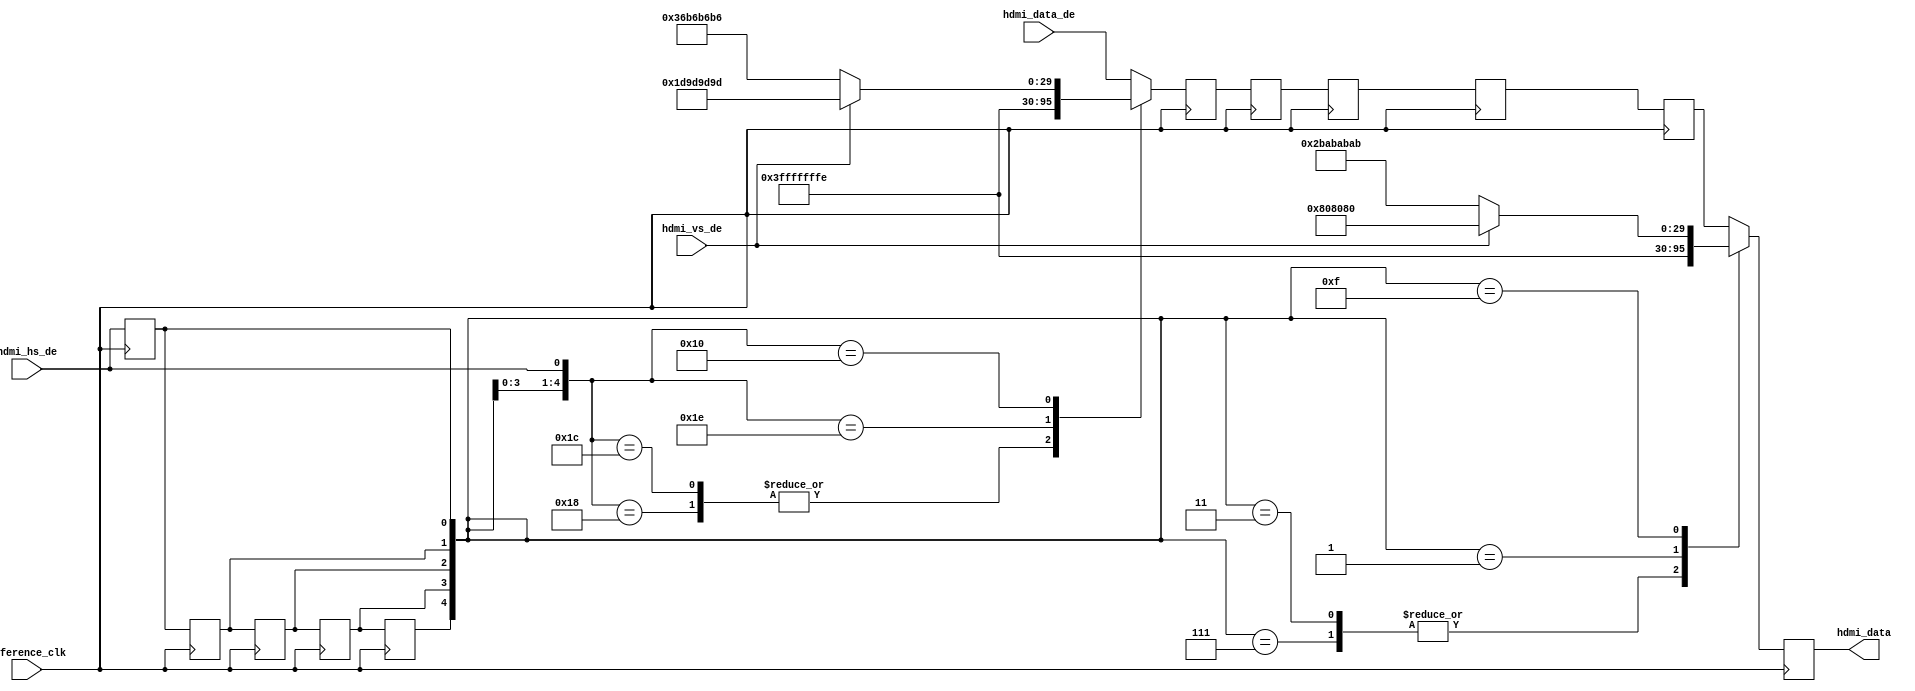
// ***************************************************************************
// ***************************************************************************
// Copyright 2014 - 2017 (c) Analog Devices, Inc. All rights reserved.
//
// In this HDL repository, there are many different and unique modules, consisting
// of various HDL (Verilog or VHDL) components. The individual modules are
// developed independently, and may be accompanied by separate and unique license
// terms.
//
// The user should read each of these license terms, and understand the
// freedoms and responsibilities that he or she has by using this source/core.
//
// This core is distributed in the hope that it will be useful, but WITHOUT ANY
// WARRANTY; without even the implied warranty of MERCHANTABILITY or FITNESS FOR
// A PARTICULAR PURPOSE.
//
// Redistribution and use of source or resulting binaries, with or without modification
// of this file, are permitted under one of the following two license terms:
//
//   1. The GNU General Public License version 2 as published by the
//      Free Software Foundation, which can be found in the top level directory
//      of this repository (LICENSE_GPL2), and also online at:
//      <https://www.gnu.org/licenses/old-licenses/gpl-2.0.html>
//
// OR
//
//   2. An ADI specific BSD license, which can be found in the top level directory
//      of this repository (LICENSE_ADIBSD), and also on-line at:
//      https://github.com/analogdevicesinc/hdl/blob/master/LICENSE_ADIBSD
//      This will allow to generate bit files and not release the source code,
//      as long as it attaches to an ADI device.
//
// ***************************************************************************
// ***************************************************************************
// Transmit HDMI, video dma data in, hdmi separate syncs data out.

`timescale 1ns/100ps

module axi_hdmi_tx_es #(

  parameter   DATA_WIDTH = 32
) (

  // hdmi interface

  input                   reference_clk,
  input                   hdmi_hs_de,
  input                   hdmi_vs_de,
  input       [(DATA_WIDTH-1):0]  hdmi_data_de,
  output  reg [(DATA_WIDTH-1):0]  hdmi_data
);

  localparam  BYTE_WIDTH = DATA_WIDTH/8;

  // internal registers

  reg                         hdmi_hs_de_d = 'd0;
  reg     [(DATA_WIDTH-1):0]  hdmi_data_d = 'd0;
  reg                         hdmi_hs_de_2d = 'd0;
  reg     [(DATA_WIDTH-1):0]  hdmi_data_2d = 'd0;
  reg                         hdmi_hs_de_3d = 'd0;
  reg     [(DATA_WIDTH-1):0]  hdmi_data_3d = 'd0;
  reg                         hdmi_hs_de_4d = 'd0;
  reg     [(DATA_WIDTH-1):0]  hdmi_data_4d = 'd0;
  reg                         hdmi_hs_de_5d = 'd0;
  reg     [(DATA_WIDTH-1):0]  hdmi_data_5d = 'd0;

  // internal wires

  wire    [(DATA_WIDTH-1):0]  hdmi_sav_s;
  wire    [(DATA_WIDTH-1):0]  hdmi_eav_s;

  // hdmi embedded sync insertion

  assign hdmi_sav_s = (hdmi_vs_de == 1) ? {BYTE_WIDTH{8'h80}} : {BYTE_WIDTH{8'hab}};
  assign hdmi_eav_s = (hdmi_vs_de == 1) ? {BYTE_WIDTH{8'h9d}} : {BYTE_WIDTH{8'hb6}};

  always @(posedge reference_clk) begin
    hdmi_hs_de_d <= hdmi_hs_de;
    case ({hdmi_hs_de_4d, hdmi_hs_de_3d, hdmi_hs_de_2d,
      hdmi_hs_de_d, hdmi_hs_de})
      5'b11000: hdmi_data_d <= {BYTE_WIDTH{8'h00}};
      5'b11100: hdmi_data_d <= {BYTE_WIDTH{8'h00}};
      5'b11110: hdmi_data_d <= {BYTE_WIDTH{8'hff}};
      5'b10000: hdmi_data_d <= hdmi_eav_s;
      default: hdmi_data_d <= hdmi_data_de;
    endcase
    hdmi_hs_de_2d <= hdmi_hs_de_d;
    hdmi_data_2d <= hdmi_data_d;
    hdmi_hs_de_3d <= hdmi_hs_de_2d;
    hdmi_data_3d <= hdmi_data_2d;
    hdmi_hs_de_4d <= hdmi_hs_de_3d;
    hdmi_data_4d <= hdmi_data_3d;
    hdmi_hs_de_5d <= hdmi_hs_de_4d;
    hdmi_data_5d <= hdmi_data_4d;
    case ({hdmi_hs_de_5d, hdmi_hs_de_4d, hdmi_hs_de_3d,
      hdmi_hs_de_2d, hdmi_hs_de_d})
      5'b00111: hdmi_data <= {BYTE_WIDTH{8'h00}};
      5'b00011: hdmi_data <= {BYTE_WIDTH{8'h00}};
      5'b00001: hdmi_data <= {BYTE_WIDTH{8'hff}};
      5'b01111: hdmi_data <= hdmi_sav_s;
      default:  hdmi_data <= hdmi_data_5d;
    endcase
  end

endmodule